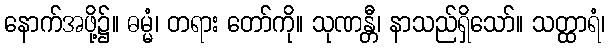
နောက်အဖို့၌။ ဓမ္မံ၊ တရား တော်ကို။ သုဏန္တီ၊ နာသည်ရှိသော်။ သတ္ထာရံ၊